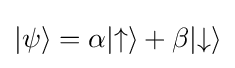
|\psi \rangle =\alpha |{\uparrow }\rangle +\beta |{\downarrow }\rangle